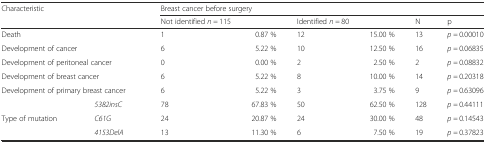
<table><thead><tr><td rowspan="2" colspan="2"><b>Characteristic</b></td><td colspan="6"><b>Breast cancer before surgery</b></td></tr><tr><td><b>Not identified <i>n =</i> 115</b></td><td></td><td><b>Identified <i>n =</i> 80</b></td><td></td><td><b>N</b></td><td><b>p</b></td></tr></thead><tbody><tr><td colspan="2">Death</td><td>1</td><td>0.87 %</td><td>12</td><td>15.00 %</td><td>13</td><td><i>p =</i> 0.00010</td></tr><tr><td colspan="2">Development of cancer</td><td>6</td><td>5.22 %</td><td>10</td><td>12.50 %</td><td>16</td><td><i>p =</i> 0.06835</td></tr><tr><td colspan="2">Development of peritoneal cancer</td><td>0</td><td>0.00 %</td><td>2</td><td>2.50 %</td><td>2</td><td><i>p =</i> 0.08832</td></tr><tr><td colspan="2">Development of breast cancer</td><td>6</td><td>5.22 %</td><td>8</td><td>10.00 %</td><td>14</td><td><i>p =</i> 0.20318</td></tr><tr><td colspan="2">Development of primary breast cancer</td><td>6</td><td>5.22 %</td><td>3</td><td>3.75 %</td><td>9</td><td><i>p =</i> 0.63096</td></tr><tr><td></td><td><i>5382insC</i></td><td>78</td><td>67.83 %</td><td>50</td><td>62.50 %</td><td>128</td><td><i>p =</i> 0.44111</td></tr><tr><td>Type of mutation</td><td><i>C61G</i></td><td>24</td><td>20.87 %</td><td>24</td><td>30.00 %</td><td>48</td><td><i>p =</i> 0.14543</td></tr><tr><td></td><td><i>4153DelA</i></td><td>13</td><td>11.30 %</td><td>6</td><td>7.50 %</td><td>19</td><td><i>p =</i> 0.37823</td></tr></tbody></table>